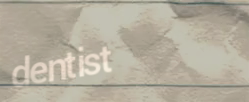
dentist